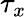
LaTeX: \tau_{x}